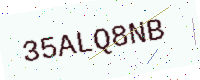
Text: 35ALQ8NB